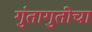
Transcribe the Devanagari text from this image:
गुंतागुतीचा